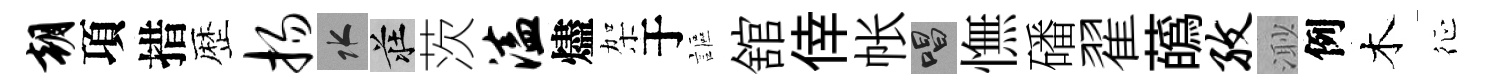
朝項措歴扬水莊茨溘燼架于謳舘倖帐唱憮磻翟蘤孜𣺌例木征